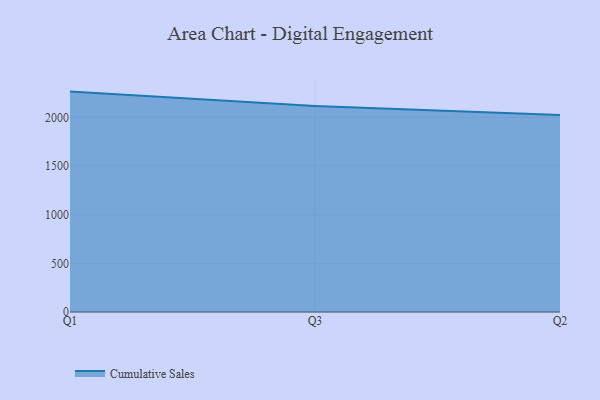
{"axis": {"x": "Quarter", "y": "Active Users"}, "legend": ["Cumulative Sales"], "data": [{"x": "Q1", "y": 2265.2, "type": "Cumulative Sales"}, {"x": "Q3", "y": 2117.4, "type": "Cumulative Sales"}, {"x": "Q2", "y": 2025.2, "type": "Cumulative Sales"}]}